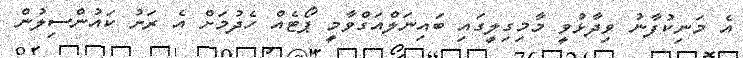
އެ މަނިކުފާނު ވިދާޅުވީ މާމިގިލީގައި ބައިނަލްއަގްވާމީ ޕޯޓެއް ހެދުމަށް އެ ރަށު ކައުންސިލުން